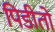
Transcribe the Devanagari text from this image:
पिडीतो